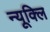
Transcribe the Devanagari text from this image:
न्यूक्लि